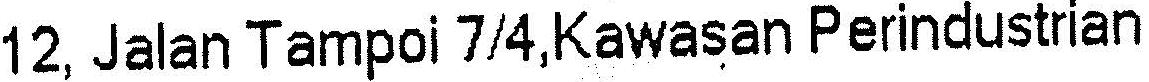
12, JALAN TAMPOI 7/4,KAWASAN PERINDUSTRIAN